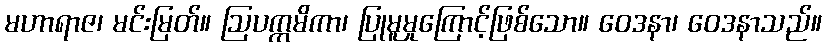
မဟာရာဇ၊ မင်းမြတ်။ ဩပက္ကမိကာ၊ ပြုမူမှုကြောင့်ဖြစ်သော။ ဝေဒနာ၊ ဝေဒနာသည်။